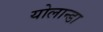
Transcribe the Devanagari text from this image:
योलान्डा